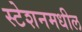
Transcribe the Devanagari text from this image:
स्टेशनमधील